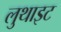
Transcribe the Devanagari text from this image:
लुथाइट